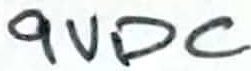
Text: 9VDC